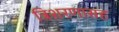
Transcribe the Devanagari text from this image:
त्रिशरणासह